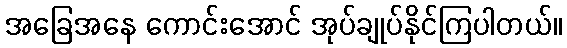
အခြေအနေ ကောင်းအောင် အုပ်ချုပ်နိုင်ကြပါတယ်။